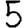
Digit: 5